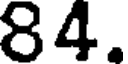
84.